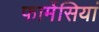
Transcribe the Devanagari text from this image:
फार्मेसियां